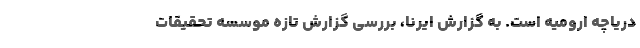
دریاچه ارومیه است. به گزارش ایرنا، بررسی گزارش تازه موسسه تحقیقات